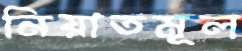
নিয়াতমূল